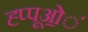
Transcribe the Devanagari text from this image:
ह्प्पूओ॒॒॒॑